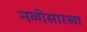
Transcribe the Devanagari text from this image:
नळीसारखा